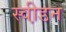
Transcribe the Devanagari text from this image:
स्वी़डन